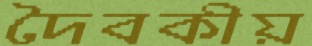
দৈবকীয়